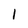
Character: 1